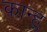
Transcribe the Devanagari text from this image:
कान्हु